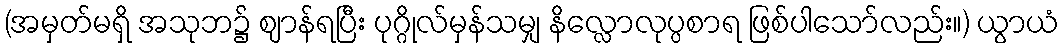
(အမှတ်မရှိ အသုဘ၌ ဈာန်ရပြီး ပုဂ္ဂိုလ်မှန်သမျှ နိလ္လောလုပ္ပစာရ ဖြစ်ပါသော်လည်း။) ယွာယံ